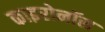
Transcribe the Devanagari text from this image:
काइरोनॉस